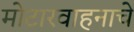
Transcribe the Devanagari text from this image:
मोटारवाहनाचे